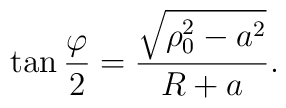
\tan {\varphi\over 2} = {\sqrt{\rho_0^2 - a^2}\over R + a}.